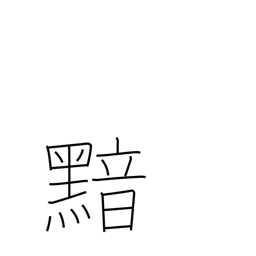
Meaning: dark